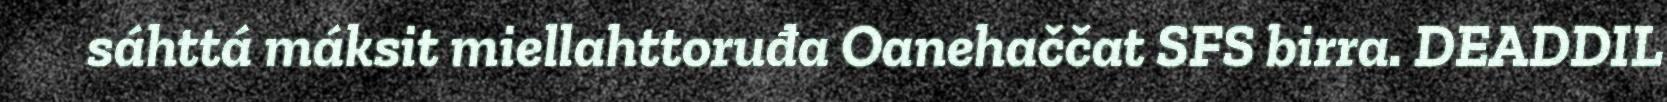
sáhttá máksit miellahttoruđa Oanehaččat SFS birra. DEADDIL